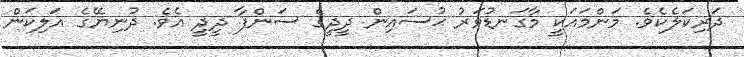
ދަރިކަލެކެވެ. މަންމައަކީ މާގަނޑުވަރު ޙުސައިން ދީދީގެ ސަންފާ ދީދީ އެވެ. ދުނިޔޭގެ އަލިކަން